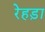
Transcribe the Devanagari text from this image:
रेहड़ा